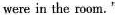
were in the room."